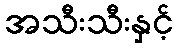
အသီးသီးနှင့်